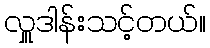
လှူဒါန်းသင့်တယ်။